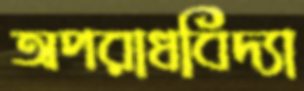
অপরাধবিদ্যা